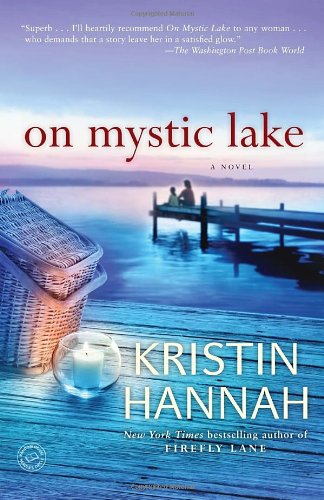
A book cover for On Mystic Lake: A Novel (Ballantine Reader's Circle); Kristin Hannah; Literature & Fiction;